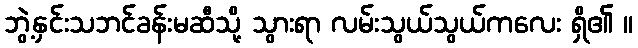
ဘွဲ့နှင်းသဘင်ခန်းမဆီသို့ သွားရာ လမ်းသွယ်သွယ်ကလေး ရှိ၏ ။